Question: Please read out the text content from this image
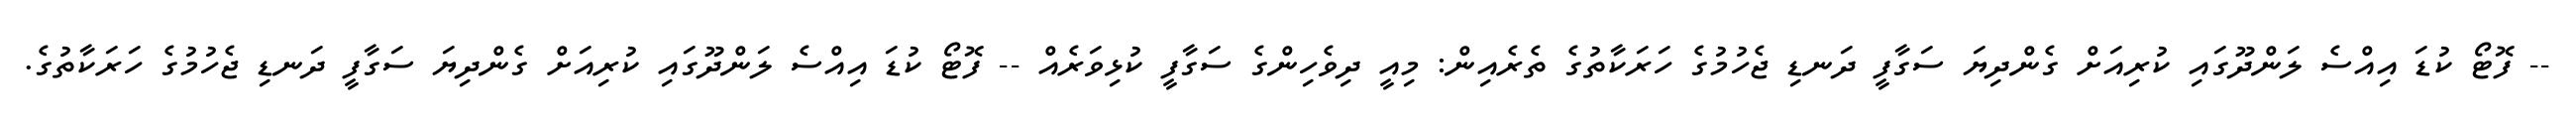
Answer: -- ފޮޓޯ ކުޑަ އިއްސެ ލަންދޫގައި ކުރިއަށް ގެންދިޔަ ސަގާފީ ދަނޑި ޖެހުމުގެ ހަރަކާތުގެ ތެރެއިން: މިއީ ދިވެހިންގެ ސަގާފީ ކުޅިވަރެއް -- ފޮޓޯ ކުޑަ އިއްސެ ލަންދޫގައި ކުރިއަށް ގެންދިޔަ ސަގާފީ ދަނޑި ޖެހުމުގެ ހަރަކާތުގެ.